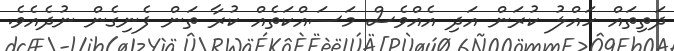
ދަތިތައް ހައްލު ކުރަން އަދި އެއްވެސް މަސައްކަތެއް ކުރާ ތަން ފެނިގެން ނުދެއެވެ.